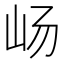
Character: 𫵵